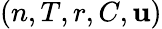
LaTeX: (n,T,r,C,\mathbf{u})